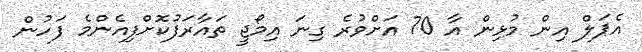
އެޕަލް އިން މުޅިން އާ 70 އަށްވުރެ ގިނަ އިމޯޖީ ތައާރަފުކޮށްފިއެންމެ ފަހުން